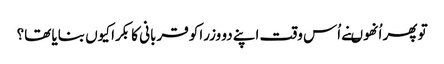
تو پھر اُنھوںنے اُس وقت اپنے دو وزراکو قربانی کا بکرا کیوں بنایا تھا؟